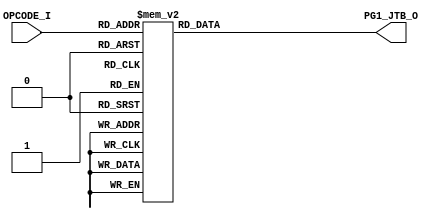
// [TURBO9_DECODE_HEADER_START]
//////////////////////////////////////////////////////////////////////////////
//                          Turbo9 Microprocessor IP
//////////////////////////////////////////////////////////////////////////////
// Website: www.turbo9.org
// Contact: team[at]turbo9[dot]org
//////////////////////////////////////////////////////////////////////////////
// [TURBO9_DECODE_LICENSE_START]
// BSD-1-Clause
//
// Copyright (c) 2020-2023
// Kevin Phillipson
// Michael Rywalt
// All rights reserved.
//
// Redistribution and use in source and binary forms, with or without
// modification, are permitted provided that the following conditions are met:
//
// 1. Redistributions of source code must retain the above copyright notice,
//    this list of conditions and the following disclaimer.
//
// THIS SOFTWARE IS PROVIDED BY THE COPYRIGHT HOLDERS AND CONTRIBUTORS "AS IS"
// AND ANY EXPRESS OR IMPLIED WARRANTIES, INCLUDING, BUT NOT LIMITED TO, THE
// IMPLIED WARRANTIES OF MERCHANTABILITY AND FITNESS FOR A PARTICULAR PURPOSE
// ARE DISCLAIMED. IN NO EVENT SHALL THE COPYRIGHT HOLDERS AND CONTRIBUTORS BE
// LIABLE FOR ANY DIRECT, INDIRECT, INCIDENTAL, SPECIAL, EXEMPLARY, OR
// CONSEQUENTIAL DAMAGES (INCLUDING, BUT NOT LIMITED TO, PROCUREMENT OF
// SUBSTITUTE GOODS OR SERVICES; LOSS OF USE, DATA, OR PROFITS; OR BUSINESS
// INTERRUPTION) HOWEVER CAUSED AND ON ANY THEORY OF LIABILITY, WHETHER IN
// CONTRACT, STRICT LIABILITY, OR TORT (INCLUDING NEGLIGENCE OR OTHERWISE)
// ARISING IN ANY WAY OUT OF THE USE OF THIS SOFTWARE, EVEN IF ADVISED OF THE
// POSSIBILITY OF SUCH DAMAGE.
// [TURBO9_DECODE_LICENSE_END]
//////////////////////////////////////////////////////////////////////////////
// Description:
// Assembled from turbo9_urtl.asm file
// built using cv_MICRO_SEQ_BRANCH_ADDR ctrl_vec
//
//////////////////////////////////////////////////////////////////////////////
// History:
// 07.14.2023 - Kevin Phillipson
//   File header added
//
//////////////////////////////////////////////////////////////////////////////
// [TURBO9_DECODE_HEADER_END]

/////////////////////////////////////////////////////////////////////////////
//                                MODULE
/////////////////////////////////////////////////////////////////////////////
module turbo9_urtl_decode_pg1_JTB(
  input      [7:0] OPCODE_I,
  output reg [7:0] PG1_JTB_O
);

/////////////////////////////////////////////////////////////////////////////
//                                LOGIC
/////////////////////////////////////////////////////////////////////////////

always @* begin
  case (OPCODE_I)
    8'h00 : PG1_JTB_O = 8'h2a; // NEG         NEG (dir idx ext)
    8'h03 : PG1_JTB_O = 8'h26; // COM         COM (dir idx ext)
    8'h04 : PG1_JTB_O = 8'h29; // LSR         LSR (dir idx ext)
    8'h06 : PG1_JTB_O = 8'h2c; // ROR         ROR (dir idx ext)
    8'h07 : PG1_JTB_O = 8'h24; // ASR         ASR (dir idx ext)
    8'h08 : PG1_JTB_O = 8'h23; // ASL_LSL     ASL LSL (dir idx ext)
    8'h09 : PG1_JTB_O = 8'h2b; // ROL         ROL (dir idx ext)
    8'h0A : PG1_JTB_O = 8'h27; // DEC         DEC (dir idx ext)
    8'h0C : PG1_JTB_O = 8'h28; // INC         INC (dir idx ext)
    8'h0D : PG1_JTB_O = 8'h2d; // TST         TST (dir idx ext)
    8'h16 : PG1_JTB_O = 8'h30; // JMP         LBRA
    8'h17 : PG1_JTB_O = 8'h31; // JSR         BSR LBSR // FIXME check if smaller area
    8'h20 : PG1_JTB_O = 8'h30; // JMP         BRA BRN BHI BLS
    8'h21 : PG1_JTB_O = 8'h30; // JMP         BRA BRN BHI BLS
    8'h22 : PG1_JTB_O = 8'h30; // JMP         BRA BRN BHI BLS
    8'h23 : PG1_JTB_O = 8'h30; // JMP         BRA BRN BHI BLS
    8'h24 : PG1_JTB_O = 8'h30; // JMP         BCC BCS BNE BEQ
    8'h25 : PG1_JTB_O = 8'h30; // JMP         BCC BCS BNE BEQ
    8'h26 : PG1_JTB_O = 8'h30; // JMP         BCC BCS BNE BEQ
    8'h27 : PG1_JTB_O = 8'h30; // JMP         BCC BCS BNE BEQ
    8'h28 : PG1_JTB_O = 8'h30; // JMP         BVC BVS BPL BMI
    8'h29 : PG1_JTB_O = 8'h30; // JMP         BVC BVS BPL BMI
    8'h2A : PG1_JTB_O = 8'h30; // JMP         BVC BVS BPL BMI
    8'h2B : PG1_JTB_O = 8'h30; // JMP         BVC BVS BPL BMI
    8'h2C : PG1_JTB_O = 8'h30; // JMP         BGE BLT BGT BLE
    8'h2D : PG1_JTB_O = 8'h30; // JMP         BGE BLT BGT BLE
    8'h2E : PG1_JTB_O = 8'h30; // JMP         BGE BLT BGT BLE
    8'h2F : PG1_JTB_O = 8'h30; // JMP         BGE BLT BGT BLE
    8'h30 : PG1_JTB_O = 8'hb; // LEA_XY      LEAX(inh)
    8'h31 : PG1_JTB_O = 8'hb; // LEA_XY      LEAY(inh)
    8'h32 : PG1_JTB_O = 8'ha; // LEA_SU      LEAS(inh)
    8'h33 : PG1_JTB_O = 8'ha; // LEA_SU      LEAU(inh)
    8'h60 : PG1_JTB_O = 8'h2a; // NEG         NEG (dir idx ext)
    8'h63 : PG1_JTB_O = 8'h26; // COM         COM (dir idx ext)
    8'h64 : PG1_JTB_O = 8'h29; // LSR         LSR (dir idx ext)
    8'h66 : PG1_JTB_O = 8'h2c; // ROR         ROR (dir idx ext)
    8'h67 : PG1_JTB_O = 8'h24; // ASR         ASR (dir idx ext)
    8'h68 : PG1_JTB_O = 8'h23; // ASL_LSL     ASL LSL (dir idx ext)
    8'h69 : PG1_JTB_O = 8'h2b; // ROL         ROL (dir idx ext)
    8'h6A : PG1_JTB_O = 8'h27; // DEC         DEC (dir idx ext)
    8'h6C : PG1_JTB_O = 8'h28; // INC         INC (dir idx ext)
    8'h6D : PG1_JTB_O = 8'h2d; // TST         TST (dir idx ext)
    8'h6E : PG1_JTB_O = 8'h30; // JMP         JMP (idx)
    8'h6F : PG1_JTB_O = 8'h25; // CLR         CLR (idx)
    8'h70 : PG1_JTB_O = 8'h2a; // NEG         NEG (dir idx ext)
    8'h73 : PG1_JTB_O = 8'h26; // COM         COM (dir idx ext)
    8'h74 : PG1_JTB_O = 8'h29; // LSR         LSR (dir idx ext)
    8'h76 : PG1_JTB_O = 8'h2c; // ROR         ROR (dir idx ext)
    8'h77 : PG1_JTB_O = 8'h24; // ASR         ASR (dir idx ext)
    8'h78 : PG1_JTB_O = 8'h23; // ASL_LSL     ASL LSL (dir idx ext)
    8'h79 : PG1_JTB_O = 8'h2b; // ROL         ROL (dir idx ext)
    8'h7A : PG1_JTB_O = 8'h27; // DEC         DEC (dir idx ext)
    8'h7C : PG1_JTB_O = 8'h28; // INC         INC (dir idx ext)
    8'h7D : PG1_JTB_O = 8'h2d; // TST         TST (dir idx ext)
    8'h8D : PG1_JTB_O = 8'h31; // JSR         BSR LBSR // FIXME check if smaller area
    8'h90 : PG1_JTB_O = 8'h21; // SUB         SUBA (dir idx ext)
    8'h91 : PG1_JTB_O = 8'h1b; // CMP         CMPA (dir idx ext)
    8'h92 : PG1_JTB_O = 8'h20; // SBC         SBCA (dir idx ext)
    8'h93 : PG1_JTB_O = 8'h21; // SUB         SUBD (dir idx ext)
    8'h94 : PG1_JTB_O = 8'h18; // AND         ANDA (dir idx ext)
    8'h95 : PG1_JTB_O = 8'h1a; // BIT         BITA (dir idx ext)
    8'h96 : PG1_JTB_O = 8'h1d; // LD          LDA (dir idx ext)
    8'h98 : PG1_JTB_O = 8'h1c; // EOR         EORA (dir idx ext)
    8'h99 : PG1_JTB_O = 8'h16; // ADC         ADCA (dir idx ext)
    8'h9A : PG1_JTB_O = 8'h1e; // OR          ORA (dir idx ext)
    8'h9B : PG1_JTB_O = 8'h17; // ADD         ADDA (dir idx ext)
    8'h9C : PG1_JTB_O = 8'h1b; // CMP         CMPX (dir idx ext)
    8'h9E : PG1_JTB_O = 8'h1d; // LD          LDX (dir idx ext)
    8'hA0 : PG1_JTB_O = 8'h21; // SUB         SUBA (dir idx ext)
    8'hA1 : PG1_JTB_O = 8'h1b; // CMP         CMPA (dir idx ext)
    8'hA2 : PG1_JTB_O = 8'h20; // SBC         SBCA (dir idx ext)
    8'hA3 : PG1_JTB_O = 8'h21; // SUB         SUBD (dir idx ext)
    8'hA4 : PG1_JTB_O = 8'h18; // AND         ANDA (dir idx ext)
    8'hA5 : PG1_JTB_O = 8'h1a; // BIT         BITA (dir idx ext)
    8'hA6 : PG1_JTB_O = 8'h1d; // LD          LDA (dir idx ext)
    8'hA7 : PG1_JTB_O = 8'h22; // ST          STA (idx)
    8'hA8 : PG1_JTB_O = 8'h1c; // EOR         EORA (dir idx ext)
    8'hA9 : PG1_JTB_O = 8'h16; // ADC         ADCA (dir idx ext)
    8'hAA : PG1_JTB_O = 8'h1e; // OR          ORA (dir idx ext)
    8'hAB : PG1_JTB_O = 8'h17; // ADD         ADDA (dir idx ext)
    8'hAC : PG1_JTB_O = 8'h1b; // CMP         CMPX (dir idx ext)
    8'hAD : PG1_JTB_O = 8'h31; // JSR         JSR (idx)
    8'hAE : PG1_JTB_O = 8'h1d; // LD          LDX (dir idx ext)
    8'hAF : PG1_JTB_O = 8'h22; // ST          STX (idx)
    8'hB0 : PG1_JTB_O = 8'h21; // SUB         SUBA (dir idx ext)
    8'hB1 : PG1_JTB_O = 8'h1b; // CMP         CMPA (dir idx ext)
    8'hB2 : PG1_JTB_O = 8'h20; // SBC         SBCA (dir idx ext)
    8'hB3 : PG1_JTB_O = 8'h21; // SUB         SUBD (dir idx ext)
    8'hB4 : PG1_JTB_O = 8'h18; // AND         ANDA (dir idx ext)
    8'hB5 : PG1_JTB_O = 8'h1a; // BIT         BITA (dir idx ext)
    8'hB6 : PG1_JTB_O = 8'h1d; // LD          LDA (dir idx ext)
    8'hB8 : PG1_JTB_O = 8'h1c; // EOR         EORA (dir idx ext)
    8'hB9 : PG1_JTB_O = 8'h16; // ADC         ADCA (dir idx ext)
    8'hBA : PG1_JTB_O = 8'h1e; // OR          ORA (dir idx ext)
    8'hBB : PG1_JTB_O = 8'h17; // ADD         ADDA (dir idx ext)
    8'hBC : PG1_JTB_O = 8'h1b; // CMP         CMPX (dir idx ext)
    8'hBE : PG1_JTB_O = 8'h1d; // LD          LDX (dir idx ext)
    8'hD0 : PG1_JTB_O = 8'h21; // SUB         SUBB (dir idx ext)
    8'hD1 : PG1_JTB_O = 8'h1b; // CMP         CMPB (dir idx ext)
    8'hD2 : PG1_JTB_O = 8'h20; // SBC         SBCB (dir idx ext)
    8'hD3 : PG1_JTB_O = 8'h17; // ADD         ADDD (dir idx ext)
    8'hD4 : PG1_JTB_O = 8'h18; // AND         ANDB (dir idx ext)
    8'hD5 : PG1_JTB_O = 8'h1a; // BIT         BITB (dir idx ext)
    8'hD6 : PG1_JTB_O = 8'h1d; // LD          LDB (dir idx ext)
    8'hD8 : PG1_JTB_O = 8'h1c; // EOR         EORB (dir idx ext)
    8'hD9 : PG1_JTB_O = 8'h16; // ADC         ADCB (dir idx ext)
    8'hDA : PG1_JTB_O = 8'h1e; // OR          ORB (dir idx ext)
    8'hDB : PG1_JTB_O = 8'h17; // ADD         ADDB (dir idx ext)
    8'hDC : PG1_JTB_O = 8'h1d; // LD          LDD (dir idx ext)
    8'hDE : PG1_JTB_O = 8'h1d; // LD          LDU (dir idx ext)
    8'hE0 : PG1_JTB_O = 8'h21; // SUB         SUBB (dir idx ext)
    8'hE1 : PG1_JTB_O = 8'h1b; // CMP         CMPB (dir idx ext)
    8'hE2 : PG1_JTB_O = 8'h20; // SBC         SBCB (dir idx ext)
    8'hE3 : PG1_JTB_O = 8'h17; // ADD         ADDD (dir idx ext)
    8'hE4 : PG1_JTB_O = 8'h18; // AND         ANDB (dir idx ext)
    8'hE5 : PG1_JTB_O = 8'h1a; // BIT         BITB (dir idx ext)
    8'hE6 : PG1_JTB_O = 8'h1d; // LD          LDB (dir idx ext)
    8'hE7 : PG1_JTB_O = 8'h22; // ST          STB (idx)
    8'hE8 : PG1_JTB_O = 8'h1c; // EOR         EORB (dir idx ext)
    8'hE9 : PG1_JTB_O = 8'h16; // ADC         ADCB (dir idx ext)
    8'hEA : PG1_JTB_O = 8'h1e; // OR          ORB (dir idx ext)
    8'hEB : PG1_JTB_O = 8'h17; // ADD         ADDB (dir idx ext)
    8'hEC : PG1_JTB_O = 8'h1d; // LD          LDD (dir idx ext)
    8'hED : PG1_JTB_O = 8'h22; // ST          STD (idx)
    8'hEE : PG1_JTB_O = 8'h1d; // LD          LDU (dir idx ext)
    8'hEF : PG1_JTB_O = 8'h22; // ST          STU (idx)
    8'hF0 : PG1_JTB_O = 8'h21; // SUB         SUBB (dir idx ext)
    8'hF1 : PG1_JTB_O = 8'h1b; // CMP         CMPB (dir idx ext)
    8'hF2 : PG1_JTB_O = 8'h20; // SBC         SBCB (dir idx ext)
    8'hF3 : PG1_JTB_O = 8'h17; // ADD         ADDD (dir idx ext)
    8'hF4 : PG1_JTB_O = 8'h18; // AND         ANDB (dir idx ext)
    8'hF5 : PG1_JTB_O = 8'h1a; // BIT         BITB (dir idx ext)
    8'hF6 : PG1_JTB_O = 8'h1d; // LD          LDB (dir idx ext)
    8'hF8 : PG1_JTB_O = 8'h1c; // EOR         EORB (dir idx ext)
    8'hF9 : PG1_JTB_O = 8'h16; // ADC         ADCB (dir idx ext)
    8'hFA : PG1_JTB_O = 8'h1e; // OR          ORB (dir idx ext)
    8'hFB : PG1_JTB_O = 8'h17; // ADD         ADDB (dir idx ext)
    8'hFC : PG1_JTB_O = 8'h1d; // LD          LDD (dir idx ext)
    8'hFE : PG1_JTB_O = 8'h1d; // LD          LDU (dir idx ext)
    default : PG1_JTB_O = 8'hFF; // from decode_init
  endcase
end

`ifdef SIM_TURBO9

reg [(8*64):0] PG1_JTB_op;

always @* begin
  case (OPCODE_I)
    8'h00 : PG1_JTB_op = "NEG (dir idx ext)";
    8'h03 : PG1_JTB_op = "COM (dir idx ext)";
    8'h04 : PG1_JTB_op = "LSR (dir idx ext)";
    8'h06 : PG1_JTB_op = "ROR (dir idx ext)";
    8'h07 : PG1_JTB_op = "ASR (dir idx ext)";
    8'h08 : PG1_JTB_op = "ASL LSL (dir idx ext)";
    8'h09 : PG1_JTB_op = "ROL (dir idx ext)";
    8'h0A : PG1_JTB_op = "DEC (dir idx ext)";
    8'h0C : PG1_JTB_op = "INC (dir idx ext)";
    8'h0D : PG1_JTB_op = "TST (dir idx ext)";
    8'h16 : PG1_JTB_op = "LBRA";
    8'h17 : PG1_JTB_op = "BSR LBSR // FIXME check if smaller area";
    8'h20 : PG1_JTB_op = "BRA BRN BHI BLS";
    8'h21 : PG1_JTB_op = "BRA BRN BHI BLS";
    8'h22 : PG1_JTB_op = "BRA BRN BHI BLS";
    8'h23 : PG1_JTB_op = "BRA BRN BHI BLS";
    8'h24 : PG1_JTB_op = "BCC BCS BNE BEQ";
    8'h25 : PG1_JTB_op = "BCC BCS BNE BEQ";
    8'h26 : PG1_JTB_op = "BCC BCS BNE BEQ";
    8'h27 : PG1_JTB_op = "BCC BCS BNE BEQ";
    8'h28 : PG1_JTB_op = "BVC BVS BPL BMI";
    8'h29 : PG1_JTB_op = "BVC BVS BPL BMI";
    8'h2A : PG1_JTB_op = "BVC BVS BPL BMI";
    8'h2B : PG1_JTB_op = "BVC BVS BPL BMI";
    8'h2C : PG1_JTB_op = "BGE BLT BGT BLE";
    8'h2D : PG1_JTB_op = "BGE BLT BGT BLE";
    8'h2E : PG1_JTB_op = "BGE BLT BGT BLE";
    8'h2F : PG1_JTB_op = "BGE BLT BGT BLE";
    8'h30 : PG1_JTB_op = "LEAX(inh)";
    8'h31 : PG1_JTB_op = "LEAY(inh)";
    8'h32 : PG1_JTB_op = "LEAS(inh)";
    8'h33 : PG1_JTB_op = "LEAU(inh)";
    8'h60 : PG1_JTB_op = "NEG (dir idx ext)";
    8'h63 : PG1_JTB_op = "COM (dir idx ext)";
    8'h64 : PG1_JTB_op = "LSR (dir idx ext)";
    8'h66 : PG1_JTB_op = "ROR (dir idx ext)";
    8'h67 : PG1_JTB_op = "ASR (dir idx ext)";
    8'h68 : PG1_JTB_op = "ASL LSL (dir idx ext)";
    8'h69 : PG1_JTB_op = "ROL (dir idx ext)";
    8'h6A : PG1_JTB_op = "DEC (dir idx ext)";
    8'h6C : PG1_JTB_op = "INC (dir idx ext)";
    8'h6D : PG1_JTB_op = "TST (dir idx ext)";
    8'h6E : PG1_JTB_op = "JMP (idx)";
    8'h6F : PG1_JTB_op = "CLR (idx)";
    8'h70 : PG1_JTB_op = "NEG (dir idx ext)";
    8'h73 : PG1_JTB_op = "COM (dir idx ext)";
    8'h74 : PG1_JTB_op = "LSR (dir idx ext)";
    8'h76 : PG1_JTB_op = "ROR (dir idx ext)";
    8'h77 : PG1_JTB_op = "ASR (dir idx ext)";
    8'h78 : PG1_JTB_op = "ASL LSL (dir idx ext)";
    8'h79 : PG1_JTB_op = "ROL (dir idx ext)";
    8'h7A : PG1_JTB_op = "DEC (dir idx ext)";
    8'h7C : PG1_JTB_op = "INC (dir idx ext)";
    8'h7D : PG1_JTB_op = "TST (dir idx ext)";
    8'h8D : PG1_JTB_op = "BSR LBSR // FIXME check if smaller area";
    8'h90 : PG1_JTB_op = "SUBA (dir idx ext)";
    8'h91 : PG1_JTB_op = "CMPA (dir idx ext)";
    8'h92 : PG1_JTB_op = "SBCA (dir idx ext)";
    8'h93 : PG1_JTB_op = "SUBD (dir idx ext)";
    8'h94 : PG1_JTB_op = "ANDA (dir idx ext)";
    8'h95 : PG1_JTB_op = "BITA (dir idx ext)";
    8'h96 : PG1_JTB_op = "LDA (dir idx ext)";
    8'h98 : PG1_JTB_op = "EORA (dir idx ext)";
    8'h99 : PG1_JTB_op = "ADCA (dir idx ext)";
    8'h9A : PG1_JTB_op = "ORA (dir idx ext)";
    8'h9B : PG1_JTB_op = "ADDA (dir idx ext)";
    8'h9C : PG1_JTB_op = "CMPX (dir idx ext)";
    8'h9E : PG1_JTB_op = "LDX (dir idx ext)";
    8'hA0 : PG1_JTB_op = "SUBA (dir idx ext)";
    8'hA1 : PG1_JTB_op = "CMPA (dir idx ext)";
    8'hA2 : PG1_JTB_op = "SBCA (dir idx ext)";
    8'hA3 : PG1_JTB_op = "SUBD (dir idx ext)";
    8'hA4 : PG1_JTB_op = "ANDA (dir idx ext)";
    8'hA5 : PG1_JTB_op = "BITA (dir idx ext)";
    8'hA6 : PG1_JTB_op = "LDA (dir idx ext)";
    8'hA7 : PG1_JTB_op = "STA (idx)";
    8'hA8 : PG1_JTB_op = "EORA (dir idx ext)";
    8'hA9 : PG1_JTB_op = "ADCA (dir idx ext)";
    8'hAA : PG1_JTB_op = "ORA (dir idx ext)";
    8'hAB : PG1_JTB_op = "ADDA (dir idx ext)";
    8'hAC : PG1_JTB_op = "CMPX (dir idx ext)";
    8'hAD : PG1_JTB_op = "JSR (idx)";
    8'hAE : PG1_JTB_op = "LDX (dir idx ext)";
    8'hAF : PG1_JTB_op = "STX (idx)";
    8'hB0 : PG1_JTB_op = "SUBA (dir idx ext)";
    8'hB1 : PG1_JTB_op = "CMPA (dir idx ext)";
    8'hB2 : PG1_JTB_op = "SBCA (dir idx ext)";
    8'hB3 : PG1_JTB_op = "SUBD (dir idx ext)";
    8'hB4 : PG1_JTB_op = "ANDA (dir idx ext)";
    8'hB5 : PG1_JTB_op = "BITA (dir idx ext)";
    8'hB6 : PG1_JTB_op = "LDA (dir idx ext)";
    8'hB8 : PG1_JTB_op = "EORA (dir idx ext)";
    8'hB9 : PG1_JTB_op = "ADCA (dir idx ext)";
    8'hBA : PG1_JTB_op = "ORA (dir idx ext)";
    8'hBB : PG1_JTB_op = "ADDA (dir idx ext)";
    8'hBC : PG1_JTB_op = "CMPX (dir idx ext)";
    8'hBE : PG1_JTB_op = "LDX (dir idx ext)";
    8'hD0 : PG1_JTB_op = "SUBB (dir idx ext)";
    8'hD1 : PG1_JTB_op = "CMPB (dir idx ext)";
    8'hD2 : PG1_JTB_op = "SBCB (dir idx ext)";
    8'hD3 : PG1_JTB_op = "ADDD (dir idx ext)";
    8'hD4 : PG1_JTB_op = "ANDB (dir idx ext)";
    8'hD5 : PG1_JTB_op = "BITB (dir idx ext)";
    8'hD6 : PG1_JTB_op = "LDB (dir idx ext)";
    8'hD8 : PG1_JTB_op = "EORB (dir idx ext)";
    8'hD9 : PG1_JTB_op = "ADCB (dir idx ext)";
    8'hDA : PG1_JTB_op = "ORB (dir idx ext)";
    8'hDB : PG1_JTB_op = "ADDB (dir idx ext)";
    8'hDC : PG1_JTB_op = "LDD (dir idx ext)";
    8'hDE : PG1_JTB_op = "LDU (dir idx ext)";
    8'hE0 : PG1_JTB_op = "SUBB (dir idx ext)";
    8'hE1 : PG1_JTB_op = "CMPB (dir idx ext)";
    8'hE2 : PG1_JTB_op = "SBCB (dir idx ext)";
    8'hE3 : PG1_JTB_op = "ADDD (dir idx ext)";
    8'hE4 : PG1_JTB_op = "ANDB (dir idx ext)";
    8'hE5 : PG1_JTB_op = "BITB (dir idx ext)";
    8'hE6 : PG1_JTB_op = "LDB (dir idx ext)";
    8'hE7 : PG1_JTB_op = "STB (idx)";
    8'hE8 : PG1_JTB_op = "EORB (dir idx ext)";
    8'hE9 : PG1_JTB_op = "ADCB (dir idx ext)";
    8'hEA : PG1_JTB_op = "ORB (dir idx ext)";
    8'hEB : PG1_JTB_op = "ADDB (dir idx ext)";
    8'hEC : PG1_JTB_op = "LDD (dir idx ext)";
    8'hED : PG1_JTB_op = "STD (idx)";
    8'hEE : PG1_JTB_op = "LDU (dir idx ext)";
    8'hEF : PG1_JTB_op = "STU (idx)";
    8'hF0 : PG1_JTB_op = "SUBB (dir idx ext)";
    8'hF1 : PG1_JTB_op = "CMPB (dir idx ext)";
    8'hF2 : PG1_JTB_op = "SBCB (dir idx ext)";
    8'hF3 : PG1_JTB_op = "ADDD (dir idx ext)";
    8'hF4 : PG1_JTB_op = "ANDB (dir idx ext)";
    8'hF5 : PG1_JTB_op = "BITB (dir idx ext)";
    8'hF6 : PG1_JTB_op = "LDB (dir idx ext)";
    8'hF8 : PG1_JTB_op = "EORB (dir idx ext)";
    8'hF9 : PG1_JTB_op = "ADCB (dir idx ext)";
    8'hFA : PG1_JTB_op = "ORB (dir idx ext)";
    8'hFB : PG1_JTB_op = "ADDB (dir idx ext)";
    8'hFC : PG1_JTB_op = "LDD (dir idx ext)";
    8'hFE : PG1_JTB_op = "LDU (dir idx ext)";
    default : PG1_JTB_op = "invalid";
  endcase
end

reg [(8*64):0] PG1_JTB_eq;

always @* begin
  case (OPCODE_I)
    8'h00 : PG1_JTB_eq = "NEG";
    8'h03 : PG1_JTB_eq = "COM";
    8'h04 : PG1_JTB_eq = "LSR";
    8'h06 : PG1_JTB_eq = "ROR";
    8'h07 : PG1_JTB_eq = "ASR";
    8'h08 : PG1_JTB_eq = "ASL_LSL";
    8'h09 : PG1_JTB_eq = "ROL";
    8'h0A : PG1_JTB_eq = "DEC";
    8'h0C : PG1_JTB_eq = "INC";
    8'h0D : PG1_JTB_eq = "TST";
    8'h16 : PG1_JTB_eq = "JMP";
    8'h17 : PG1_JTB_eq = "JSR";
    8'h20 : PG1_JTB_eq = "JMP";
    8'h21 : PG1_JTB_eq = "JMP";
    8'h22 : PG1_JTB_eq = "JMP";
    8'h23 : PG1_JTB_eq = "JMP";
    8'h24 : PG1_JTB_eq = "JMP";
    8'h25 : PG1_JTB_eq = "JMP";
    8'h26 : PG1_JTB_eq = "JMP";
    8'h27 : PG1_JTB_eq = "JMP";
    8'h28 : PG1_JTB_eq = "JMP";
    8'h29 : PG1_JTB_eq = "JMP";
    8'h2A : PG1_JTB_eq = "JMP";
    8'h2B : PG1_JTB_eq = "JMP";
    8'h2C : PG1_JTB_eq = "JMP";
    8'h2D : PG1_JTB_eq = "JMP";
    8'h2E : PG1_JTB_eq = "JMP";
    8'h2F : PG1_JTB_eq = "JMP";
    8'h30 : PG1_JTB_eq = "LEA_XY";
    8'h31 : PG1_JTB_eq = "LEA_XY";
    8'h32 : PG1_JTB_eq = "LEA_SU";
    8'h33 : PG1_JTB_eq = "LEA_SU";
    8'h60 : PG1_JTB_eq = "NEG";
    8'h63 : PG1_JTB_eq = "COM";
    8'h64 : PG1_JTB_eq = "LSR";
    8'h66 : PG1_JTB_eq = "ROR";
    8'h67 : PG1_JTB_eq = "ASR";
    8'h68 : PG1_JTB_eq = "ASL_LSL";
    8'h69 : PG1_JTB_eq = "ROL";
    8'h6A : PG1_JTB_eq = "DEC";
    8'h6C : PG1_JTB_eq = "INC";
    8'h6D : PG1_JTB_eq = "TST";
    8'h6E : PG1_JTB_eq = "JMP";
    8'h6F : PG1_JTB_eq = "CLR";
    8'h70 : PG1_JTB_eq = "NEG";
    8'h73 : PG1_JTB_eq = "COM";
    8'h74 : PG1_JTB_eq = "LSR";
    8'h76 : PG1_JTB_eq = "ROR";
    8'h77 : PG1_JTB_eq = "ASR";
    8'h78 : PG1_JTB_eq = "ASL_LSL";
    8'h79 : PG1_JTB_eq = "ROL";
    8'h7A : PG1_JTB_eq = "DEC";
    8'h7C : PG1_JTB_eq = "INC";
    8'h7D : PG1_JTB_eq = "TST";
    8'h8D : PG1_JTB_eq = "JSR";
    8'h90 : PG1_JTB_eq = "SUB";
    8'h91 : PG1_JTB_eq = "CMP";
    8'h92 : PG1_JTB_eq = "SBC";
    8'h93 : PG1_JTB_eq = "SUB";
    8'h94 : PG1_JTB_eq = "AND";
    8'h95 : PG1_JTB_eq = "BIT";
    8'h96 : PG1_JTB_eq = "LD";
    8'h98 : PG1_JTB_eq = "EOR";
    8'h99 : PG1_JTB_eq = "ADC";
    8'h9A : PG1_JTB_eq = "OR";
    8'h9B : PG1_JTB_eq = "ADD";
    8'h9C : PG1_JTB_eq = "CMP";
    8'h9E : PG1_JTB_eq = "LD";
    8'hA0 : PG1_JTB_eq = "SUB";
    8'hA1 : PG1_JTB_eq = "CMP";
    8'hA2 : PG1_JTB_eq = "SBC";
    8'hA3 : PG1_JTB_eq = "SUB";
    8'hA4 : PG1_JTB_eq = "AND";
    8'hA5 : PG1_JTB_eq = "BIT";
    8'hA6 : PG1_JTB_eq = "LD";
    8'hA7 : PG1_JTB_eq = "ST";
    8'hA8 : PG1_JTB_eq = "EOR";
    8'hA9 : PG1_JTB_eq = "ADC";
    8'hAA : PG1_JTB_eq = "OR";
    8'hAB : PG1_JTB_eq = "ADD";
    8'hAC : PG1_JTB_eq = "CMP";
    8'hAD : PG1_JTB_eq = "JSR";
    8'hAE : PG1_JTB_eq = "LD";
    8'hAF : PG1_JTB_eq = "ST";
    8'hB0 : PG1_JTB_eq = "SUB";
    8'hB1 : PG1_JTB_eq = "CMP";
    8'hB2 : PG1_JTB_eq = "SBC";
    8'hB3 : PG1_JTB_eq = "SUB";
    8'hB4 : PG1_JTB_eq = "AND";
    8'hB5 : PG1_JTB_eq = "BIT";
    8'hB6 : PG1_JTB_eq = "LD";
    8'hB8 : PG1_JTB_eq = "EOR";
    8'hB9 : PG1_JTB_eq = "ADC";
    8'hBA : PG1_JTB_eq = "OR";
    8'hBB : PG1_JTB_eq = "ADD";
    8'hBC : PG1_JTB_eq = "CMP";
    8'hBE : PG1_JTB_eq = "LD";
    8'hD0 : PG1_JTB_eq = "SUB";
    8'hD1 : PG1_JTB_eq = "CMP";
    8'hD2 : PG1_JTB_eq = "SBC";
    8'hD3 : PG1_JTB_eq = "ADD";
    8'hD4 : PG1_JTB_eq = "AND";
    8'hD5 : PG1_JTB_eq = "BIT";
    8'hD6 : PG1_JTB_eq = "LD";
    8'hD8 : PG1_JTB_eq = "EOR";
    8'hD9 : PG1_JTB_eq = "ADC";
    8'hDA : PG1_JTB_eq = "OR";
    8'hDB : PG1_JTB_eq = "ADD";
    8'hDC : PG1_JTB_eq = "LD";
    8'hDE : PG1_JTB_eq = "LD";
    8'hE0 : PG1_JTB_eq = "SUB";
    8'hE1 : PG1_JTB_eq = "CMP";
    8'hE2 : PG1_JTB_eq = "SBC";
    8'hE3 : PG1_JTB_eq = "ADD";
    8'hE4 : PG1_JTB_eq = "AND";
    8'hE5 : PG1_JTB_eq = "BIT";
    8'hE6 : PG1_JTB_eq = "LD";
    8'hE7 : PG1_JTB_eq = "ST";
    8'hE8 : PG1_JTB_eq = "EOR";
    8'hE9 : PG1_JTB_eq = "ADC";
    8'hEA : PG1_JTB_eq = "OR";
    8'hEB : PG1_JTB_eq = "ADD";
    8'hEC : PG1_JTB_eq = "LD";
    8'hED : PG1_JTB_eq = "ST";
    8'hEE : PG1_JTB_eq = "LD";
    8'hEF : PG1_JTB_eq = "ST";
    8'hF0 : PG1_JTB_eq = "SUB";
    8'hF1 : PG1_JTB_eq = "CMP";
    8'hF2 : PG1_JTB_eq = "SBC";
    8'hF3 : PG1_JTB_eq = "ADD";
    8'hF4 : PG1_JTB_eq = "AND";
    8'hF5 : PG1_JTB_eq = "BIT";
    8'hF6 : PG1_JTB_eq = "LD";
    8'hF8 : PG1_JTB_eq = "EOR";
    8'hF9 : PG1_JTB_eq = "ADC";
    8'hFA : PG1_JTB_eq = "OR";
    8'hFB : PG1_JTB_eq = "ADD";
    8'hFC : PG1_JTB_eq = "LD";
    8'hFE : PG1_JTB_eq = "LD";
    default : PG1_JTB_eq = "invalid";
  endcase
end

`endif

/////////////////////////////////////////////////////////////////////////////

endmodule